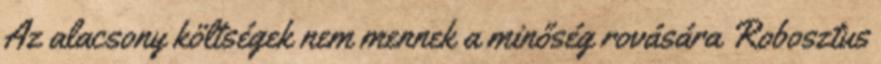
Az alacsony költségek nem mennek a minőség rovására Robosztus